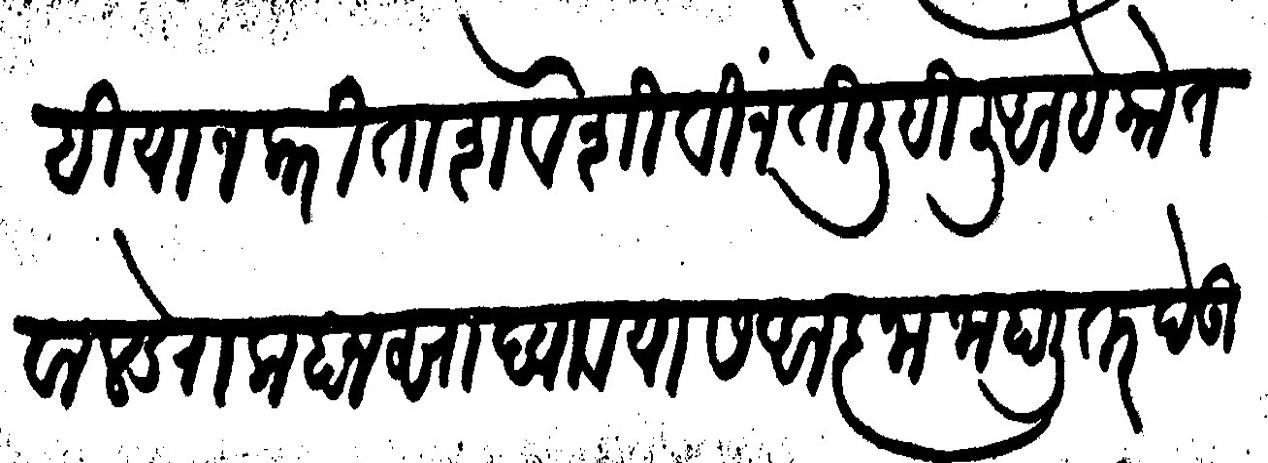
Transliteration (Devanagari): नाही याज करिता शेवेशी विनंती लिहिली आहे कोतवाल डेरा लाहानसा ध्यावयास आज्ञा जाहाली तर